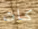
كان